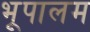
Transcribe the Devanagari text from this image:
भूपालम